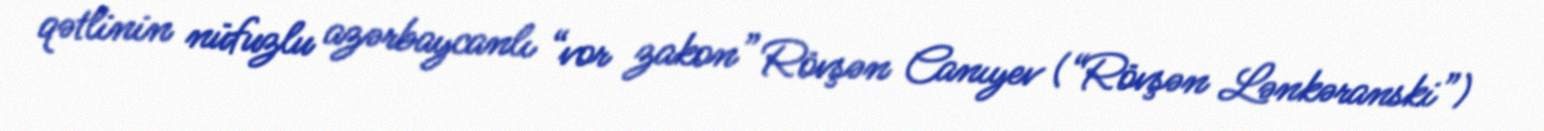
qətlinin nüfuzlu azərbaycanlı “vor zakon” Rövşən Canıyev (“Rövşən Lənkəranski”)